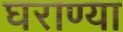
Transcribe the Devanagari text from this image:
घराण्या